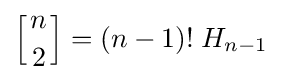
\left[{n \atop 2}\right]=(n-1)!\;H_{n-1}